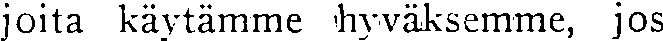
joita käytämme hyväksemme, jos